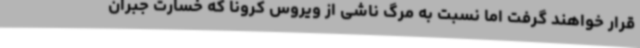
قرار خواهند گرفت اما نسبت به مرگ ناشی از ویروس کرونا که خسارت جبران